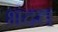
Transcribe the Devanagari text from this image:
भंदत